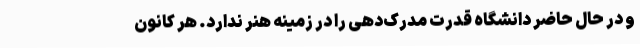
و در حال حاضر دانشگاه قدرت مدرک‌دهی را در زمینه هنر ندارد. هر کانون